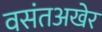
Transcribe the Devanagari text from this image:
वसंतअखेर